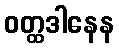
ဝတ္ထဒါနေန